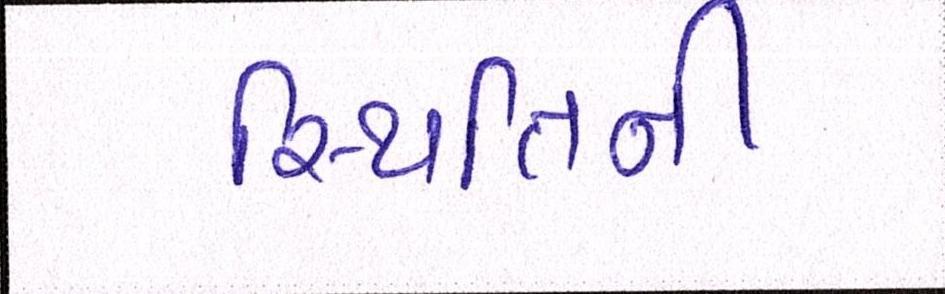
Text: સ્થિતિની